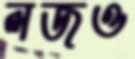
লজও